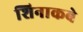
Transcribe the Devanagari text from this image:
शिनाकबे